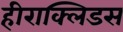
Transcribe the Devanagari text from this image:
हीराक्लिडस